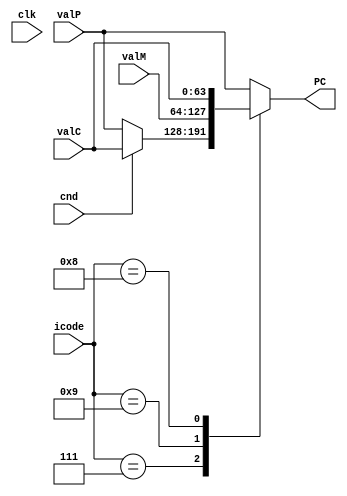
module pc_update(cnd,clk,icode,PC,valM,valC,valP);

input clk;
input [63:0] valC,valM,valP;
input [3:0] icode;
input cnd;
output reg [63:0] PC;     

always@(*)
begin
case(icode)
4'b0111:     //jXX
begin
    if(cnd) // if the condition is true then the jump happens
        PC=valC;
    
    else
        PC=valP;
    
end

4'b1001:      //ret
begin
    PC=valM;
end

4'b1000:   //call
begin
    PC=valC;
end

default:
begin
    PC=valP;
end

endcase

end
endmodule